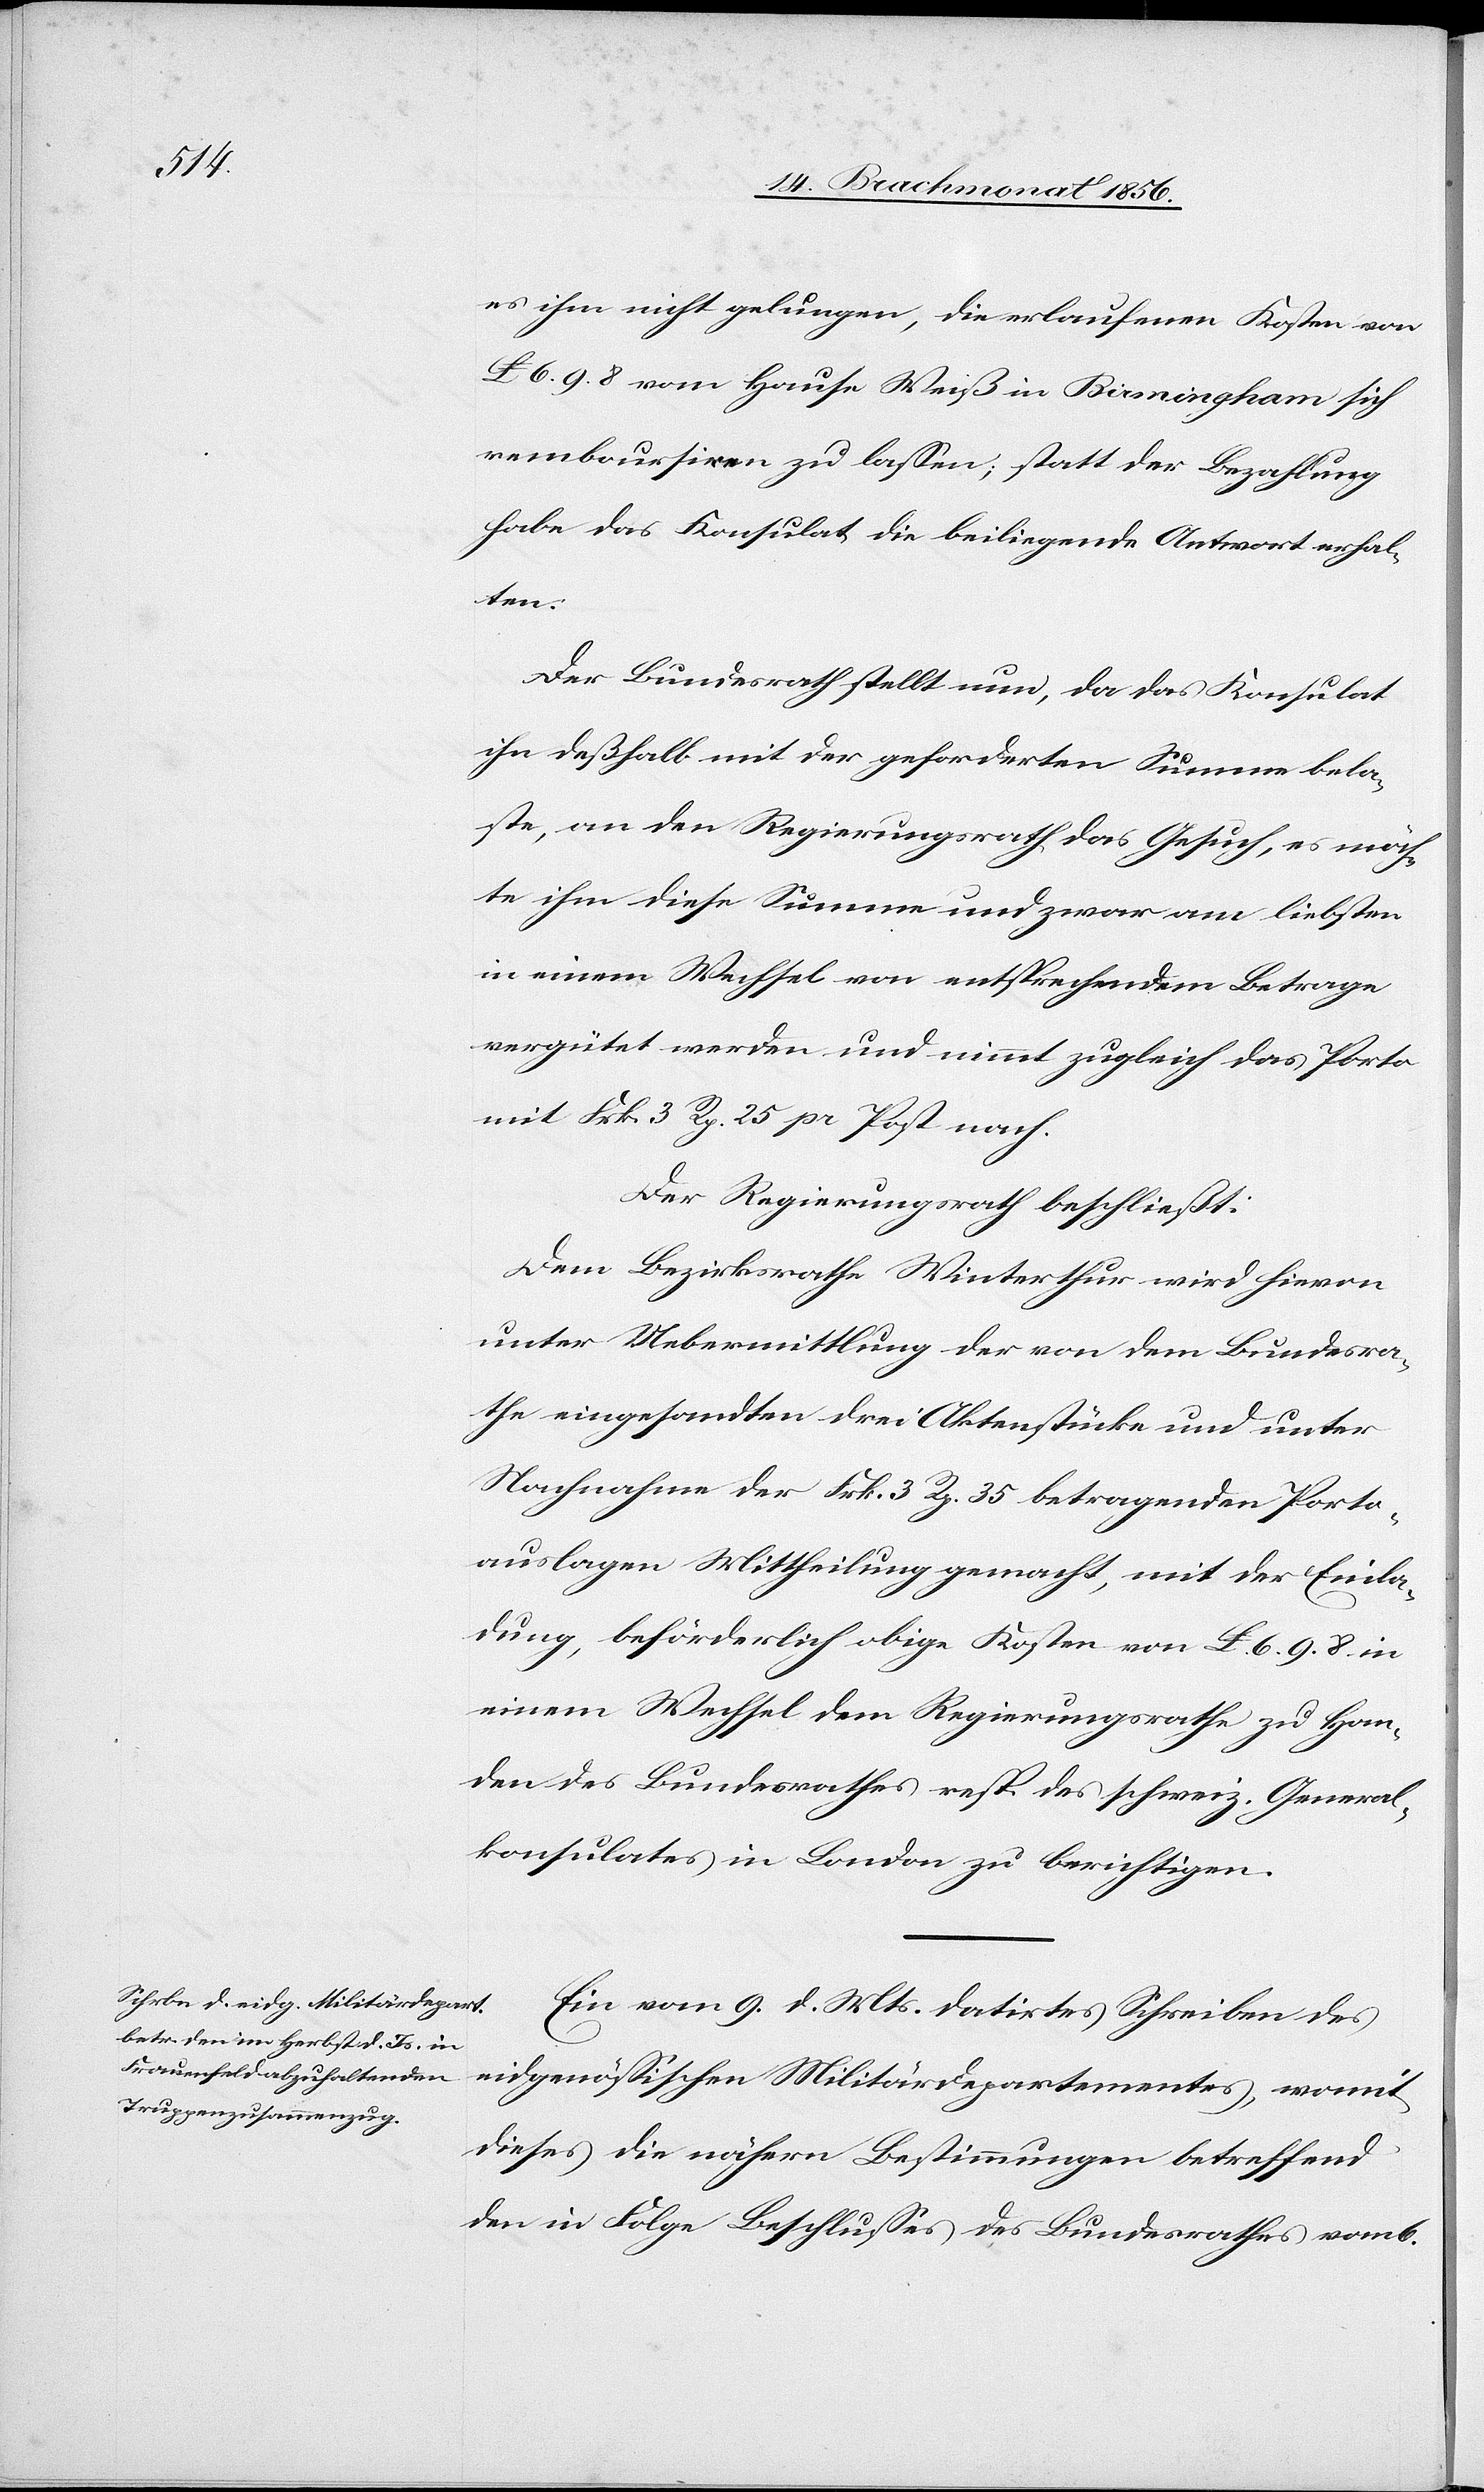
es ihm nicht gelungen, die erlaufenen Kosten von
£ 6. 9. 8 vom Hause Weiß in Birmingham sich
remboursiren zu lassen; statt der Bezahlung
habe das Konsulat die beiliegende Antwort erhal¬
ten.
Der Bundesrath stellt nun, da das Konsulat
ihn deßhalb mit der geforderten Summe bela¬
ste, an den Regierungsrath das Gesuch, es möch¬
te ihm diese Summe und zwar am liebsten
in einem Wechsel von entsprechendem Betrage
vergütet werden und nimmt zugleich das Porto
mit Frk. 3 Rp. 25 pr Post nach.
Der Regierungsrath beschließt:
Dem Bezirksrathe Winterthur wird hievon
unter Uebermittlung der von dem Bundesra¬
the eingesandten drei Aktenstücke und unter
Nachnahme der Frk. 3 Rp. 35 [sic!] betragenden Porto¬
auslagen Mittheilung gemacht, mit der Einla¬
dung, beförderlich obige Kosten von £. 6. 9. 8 in
einem Wechsel dem Regierungsrathe zu Han¬
den des Bundesrathes resp. des schweiz. General¬
konsulates in London zu berichtigen.
Ein vom 9. d. Mts. datirtes Schreiben des
eidgenössischen Militärdepartementes, womit
dieses die nähern Bestimmungen betreffend
den in Folge Beschlusses des Bundesrathes vom 6.